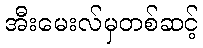
အီးမေးလ်မှတစ်ဆင့်